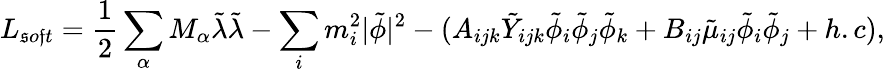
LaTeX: L_{\mathfrak{s}o\mathfrak{f}t}=\frac{{1}}{{2}}\sum_{\alpha}M_{\alpha}{\tilde{{\lambda}}}{\tilde{{\lambda}}}-\sum_{i}m_{i}^{2}|{\tilde{{\phi}}}|^{2}-(A_{ijk}{\tilde{{Y}}}_{ijk}{\tilde{{\phi}}}_{i}{\tilde{{\phi}}}_{j}{\tilde{{\phi}}}_{k}+B_{ij}{\tilde{{\mu}}}_{ij}{\tilde{{\phi}}}_{i}{\tilde{{\phi}}}_{j}+h.c),